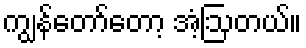
ကျွန်တော်တော့ အံ့ဩတယ်။